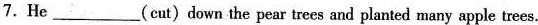
7.He___(cut) down the pear trees and planted many apple trees.